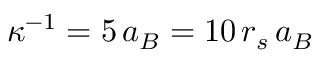
\kappa ^ { - 1 } = 5 \, a _ { B } = 1 0 \, r _ { s } \, a _ { B }